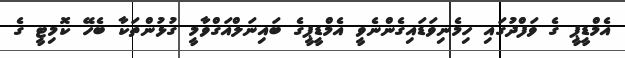
އެމްޑީޕީ ގެ ވަފްދުގައި ހިމެނިވަޑައިގެންނެވީ އެމްޑީޕީގެ ބައިނަލްއަގްވާމީ ގުޅުންތަކާ ބެހޭ ކޮމިޓީ ގެ